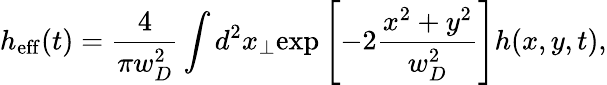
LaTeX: h_{\mathrm{eff}}(t)=\frac{4}{\pi w_{D}^{2}}\int d^{2}x_{\perp}\mathrm{exp}\left[-2\frac{x^{2}+y^{2}}{w_{D}^{2}}\right]h(x,y,t),